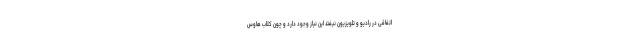
اتفاقی در رادیو و تلویزیون نیفتد این نیاز وجود دارد و چون کلاب هاوس